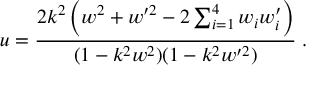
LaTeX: u = \frac { 2 k ^ { 2 } \left( w ^ { 2 } + w ^ { \prime 2 } - 2 \sum _ { i = 1 } ^ { 4 } w _ { i } w _ { i } ^ { \prime } \right) } { ( 1 - k ^ { 2 } w ^ { 2 } ) ( 1 - k ^ { 2 } w ^ { \prime 2 } ) } \; .